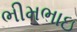
ભીમભાઇ